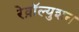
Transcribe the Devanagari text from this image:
रेव़ाॅल्युशन